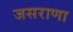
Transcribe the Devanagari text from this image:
जसराणा